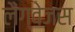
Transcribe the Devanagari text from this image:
लैंग्वेजस